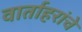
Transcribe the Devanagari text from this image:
वार्ताहरांचे